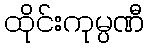
ထိုင်းကုမ္ပဏီ